Annual report of lunatic asylums [Bombay] - 1912-1922
Year: 1912
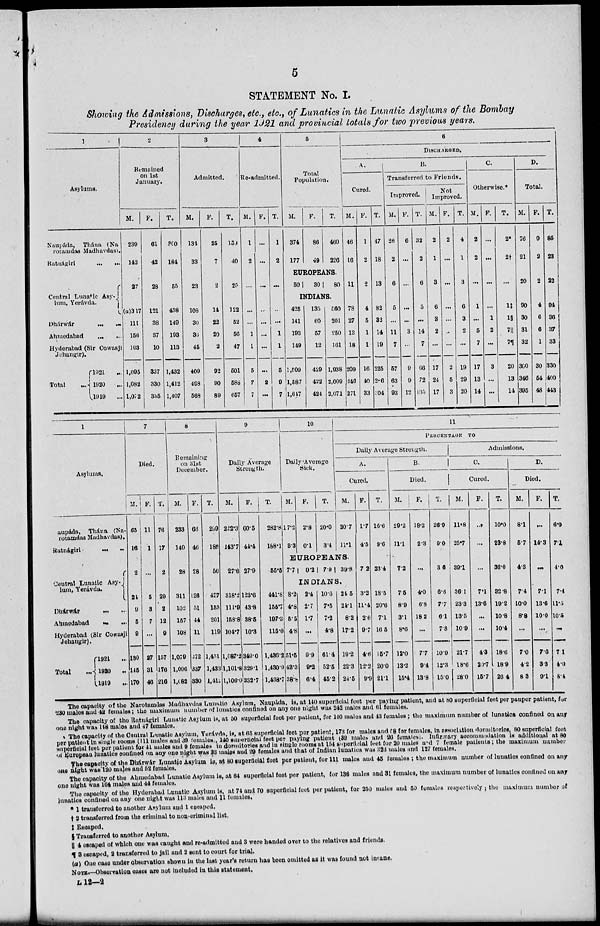
5
STATEMENT No. I.
Showing the Admissions, Discharges, etc., etc., of Lunatics in the Lunatic Asylums of the Bombay
Presidency during the year 1921 and provincial totals for two previous years.
1
Asylums.
Naupada, Thána (Na
rotamdas Madhavdas).
Ratnágiri ... ...
Central Lunatic Asy-
lum, Yeravda.
Dharwar ... ...
Ahmedabad
...
...
Hyderabad (Sir Cowasji
Jehangir).
Total
...
1921 ...
1920 ...
1919
...
2
Remained
on 1st
January.
M.
239
142
27
(a)3l7
111
156
103
1,095
1,082
1,072
F.
61
42
28
121
38
37
10
337
330
335
T.
300
184
55
438
149
193
113
1,432
1,412
1,407
3
Admitted.
M.
134
33
23
103
30
36
45
409
468
568
F.
25
7
2
14
22
20
2
92
90
89
T.
159
40
25
122
52
56
47
501
588
657
4
Re-admitted.
M.
1
2
...
...
...
1
1
5
7
7
F.
...
...
...
...
...
...
...
...
2
...
T.
1
2
...
...
...
1
1
5
9
7
5
Total
Population.
M.
374
177
F.
86
49
T.
460
226
EUROPEANS.
50
30
80
INDIANS.
425
141
193
149
1,509
1,587
1,617
135
60
57
12
429
422
424
560
201
250
161
1,938
2,009
2,071
6
DISCHARGED.
A.
Cured.
M.
46
16
11
78
27
13
18
209
246
271
F.
1
2
2
4
5
1
1
16
40
33
T.
47
18
13
82
32
14
19
225
286
304
B.
Transferred to Friends.
Improved.
M.
26
2
6
5
...
11
7
57
63
93
F.
6
...
...
...
...
3
...
9
9
12
T.
32
2
6
5
...
14
7
66
72
105
Not
Improved.
M.
2
1
3
6
3
2
...
17
24
17
F.
2
...
...
...
...
...
...
2
5
3
T.
4
1
3
6
3
2
...
19
29
20
C.
Otherwise.*
M.
2
2
...
1
...
5
7
17
13
14
F.
...
...
...
...
1
2
...
3
...
...
T.
2*
2†
...
1‡
1§
7||
7¶
20
13
14
D.
Total.
M.
76
21
20
90
30
31
32
300
346
395
F.
9
2
2
4
6
6
1
30
54
48
T.
85
23
22
94
36
37
33
330
400
443
1
Asylums.
aupáda, Thána (Na-
rotamdas Madhavdas).
Ratnágiri
...
...
Neutral Lunatic Asy-
lam,
Yerávda.
Dhárwár ... ...
Ahmedabad ... ...
Hyderabad (Sir Cowasji
Jehangir).
Total
...
1921
...
1920
...
1919
...
7
Died.
M.
65
16
2
24
9
5
9
130
115
170
F.
11
1
...
5
3
7
...
27
31
46
T.
76
17
2
29
12
12
9
157
176
216
8
Remaining
on 31st
December.
M.
233
140
28
311
102
157
108
1,079
1,096
1,082
F.
66
46
28
126
51
44
11
372
337
330
T.
299
186
56
437
153
201
119
1,451
1,433
1,412
9
Daily Average
Strength.
M.
222.3
143.7
27.6
318.2
111.9
158.8
104.7
1,087.2
1,101.8
1,106.0
F.
60.5
44.4
27.9
123.6
43.8
38.6
10.3
349.0
329.1
382.7
T.
282.8
188.1
55.5
441.8
155.7
197.3
115.0
1,436.2
1,430.9
1,438.7
10
Daily Average
Sick.
M.
17.2
3.3
F.
2.8
0.1
T.
20.0
3.4
11
PERCENTAGE TO
Daily Average Strength.
A.
Cured.
M.
20.7
11.1
EUROPEANS.
7.7
0.2 7.9 39.8
INDIANS.
8.2
4.8
5.5
4.8
51.5
43.3
38.8
2.4
2.7
1.7
...
9.9
9.2
6.4
10.6
7.5
7.2
4.8
61.4
52.5
452
24.5
24.1
8.2
17.2
19.2
22.3
24.5
F.
1.7
4.5
7.2
3.2
11.4
2.6
9.7
4.6
12.2
9.9
T.
16.6
9.6
23.4
18.5
20.6
7.1
16.5
15.7
20.0
21.1
B.
Died.
M.
29.2
11.1
7.2
7.5
8.9
3.1
8.6
12.0
13.2
15.4
F.
18.2
2.3
...
4.0
6.8
18.2
...
7.7
9.4
13.8
T.
26.9
9.0
3.6
6.6
7.7
6.1
7.8
10.9
12.3
150
Admissions.
C.
Cured.
M.
11.8
25.7
39.1
36.1
23.3
13.5
10.9
21.7
18.6
280
F.
...
...
...
7.1
13.6
...
...
4.3
29.7
15.7
T.
10.0
23.8
36.0
32.8
19.2
10.8
10.4
18.6
18.9
26.4
D.
Died.
M.
8.1
5.7
4.3
7.4
10.0
8.8
...
7.0
4.2
8.3
F.
...
14.3
...
7.1
13.6
10.0
...
7.6
3.3
9.1
T.
6.9
7.1
4.0
7.4
11.5
10.5
...
7.1
4.0
8.4
The capacity of the Narotamdas Madhavdas Lunatic Asylum, Naupáda, is, at 140 superficial feet per paying patient, and at 80 superficial feet per pauper patient, for
230 males and 42 females; the maximum number of lunatics confined on any one night was 242 males and 61 females.
The capacity of the Ratnágiri Lunatic Asylum is, at 50 superficial feet per patient, for 140 males and 43 females; the maximum number of lunatics confined on any
one night was 148 males and 47 females.
The capacity of the Central Lunatic Asylum, Yerávda, is, at 65 superficial feet per patient. 173 for males and 58 for females, in association dormitories, 80 superficial feet
per patient in single rooms (111 males and 39 females, 140 superficial feet per paying patient (39 males and 26 females). Infirmary accommodation is additional at 80
superficial feet per patient for 41 males and 9 females in dormitories and in single rooms at 154 superficial feet for 20 males and 7 female patients; the maximum number
of European lunatics confined on any one night was 33 males and 29 females and that of Indian lunatics was 323 males and 127 females.
The capacity of the Dhárwár Lunatic Asylum is, at 80 superficial feet per patient, for 111 males and 45 females ; the maximum number of lunatics confined on any
one night was 120 males and 52 females.
The capacity of the Ahmedabad Lunatic Asylum is, at 64 superficial feet per patient, for 136 males and 31 females, the maximum number of lunatics confined on any
one night was 164 males and 44 females.
The capacity of the Hyderabad Lunatic Asylum is, at 74 and 70 superficial feet per patient, for 250 males and 50 females respectively; the maximum number of
lunatics confined on any one night was 113 males and 11 females.
* 1 transferred to another Asylum and 1 escaped.
† 2 transferred from the criminal to non-criminal list.
‡ Escaped.
§ Transferred to another Asylum.
|| 4 escaped of which one was caught and re-admitted and 3 were handed over to the relatives and friends.
¶ 3 escaped, 2 transferred to jail and 2 sent to court for trial.
(a) One case under observation shown in the last year's return has been omitted as it was found not insane.
NOTE.—Observation cases are not included in this statement.
L 12—2